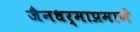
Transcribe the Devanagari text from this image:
जैनधर्माप्रमाणें